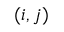
( i , j )